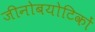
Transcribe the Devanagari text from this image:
जीनोबयोटिकों